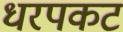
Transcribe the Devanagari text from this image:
धरपकट